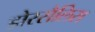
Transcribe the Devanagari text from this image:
डोरसैलिस